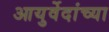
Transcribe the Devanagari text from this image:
आयुर्वेदांच्या